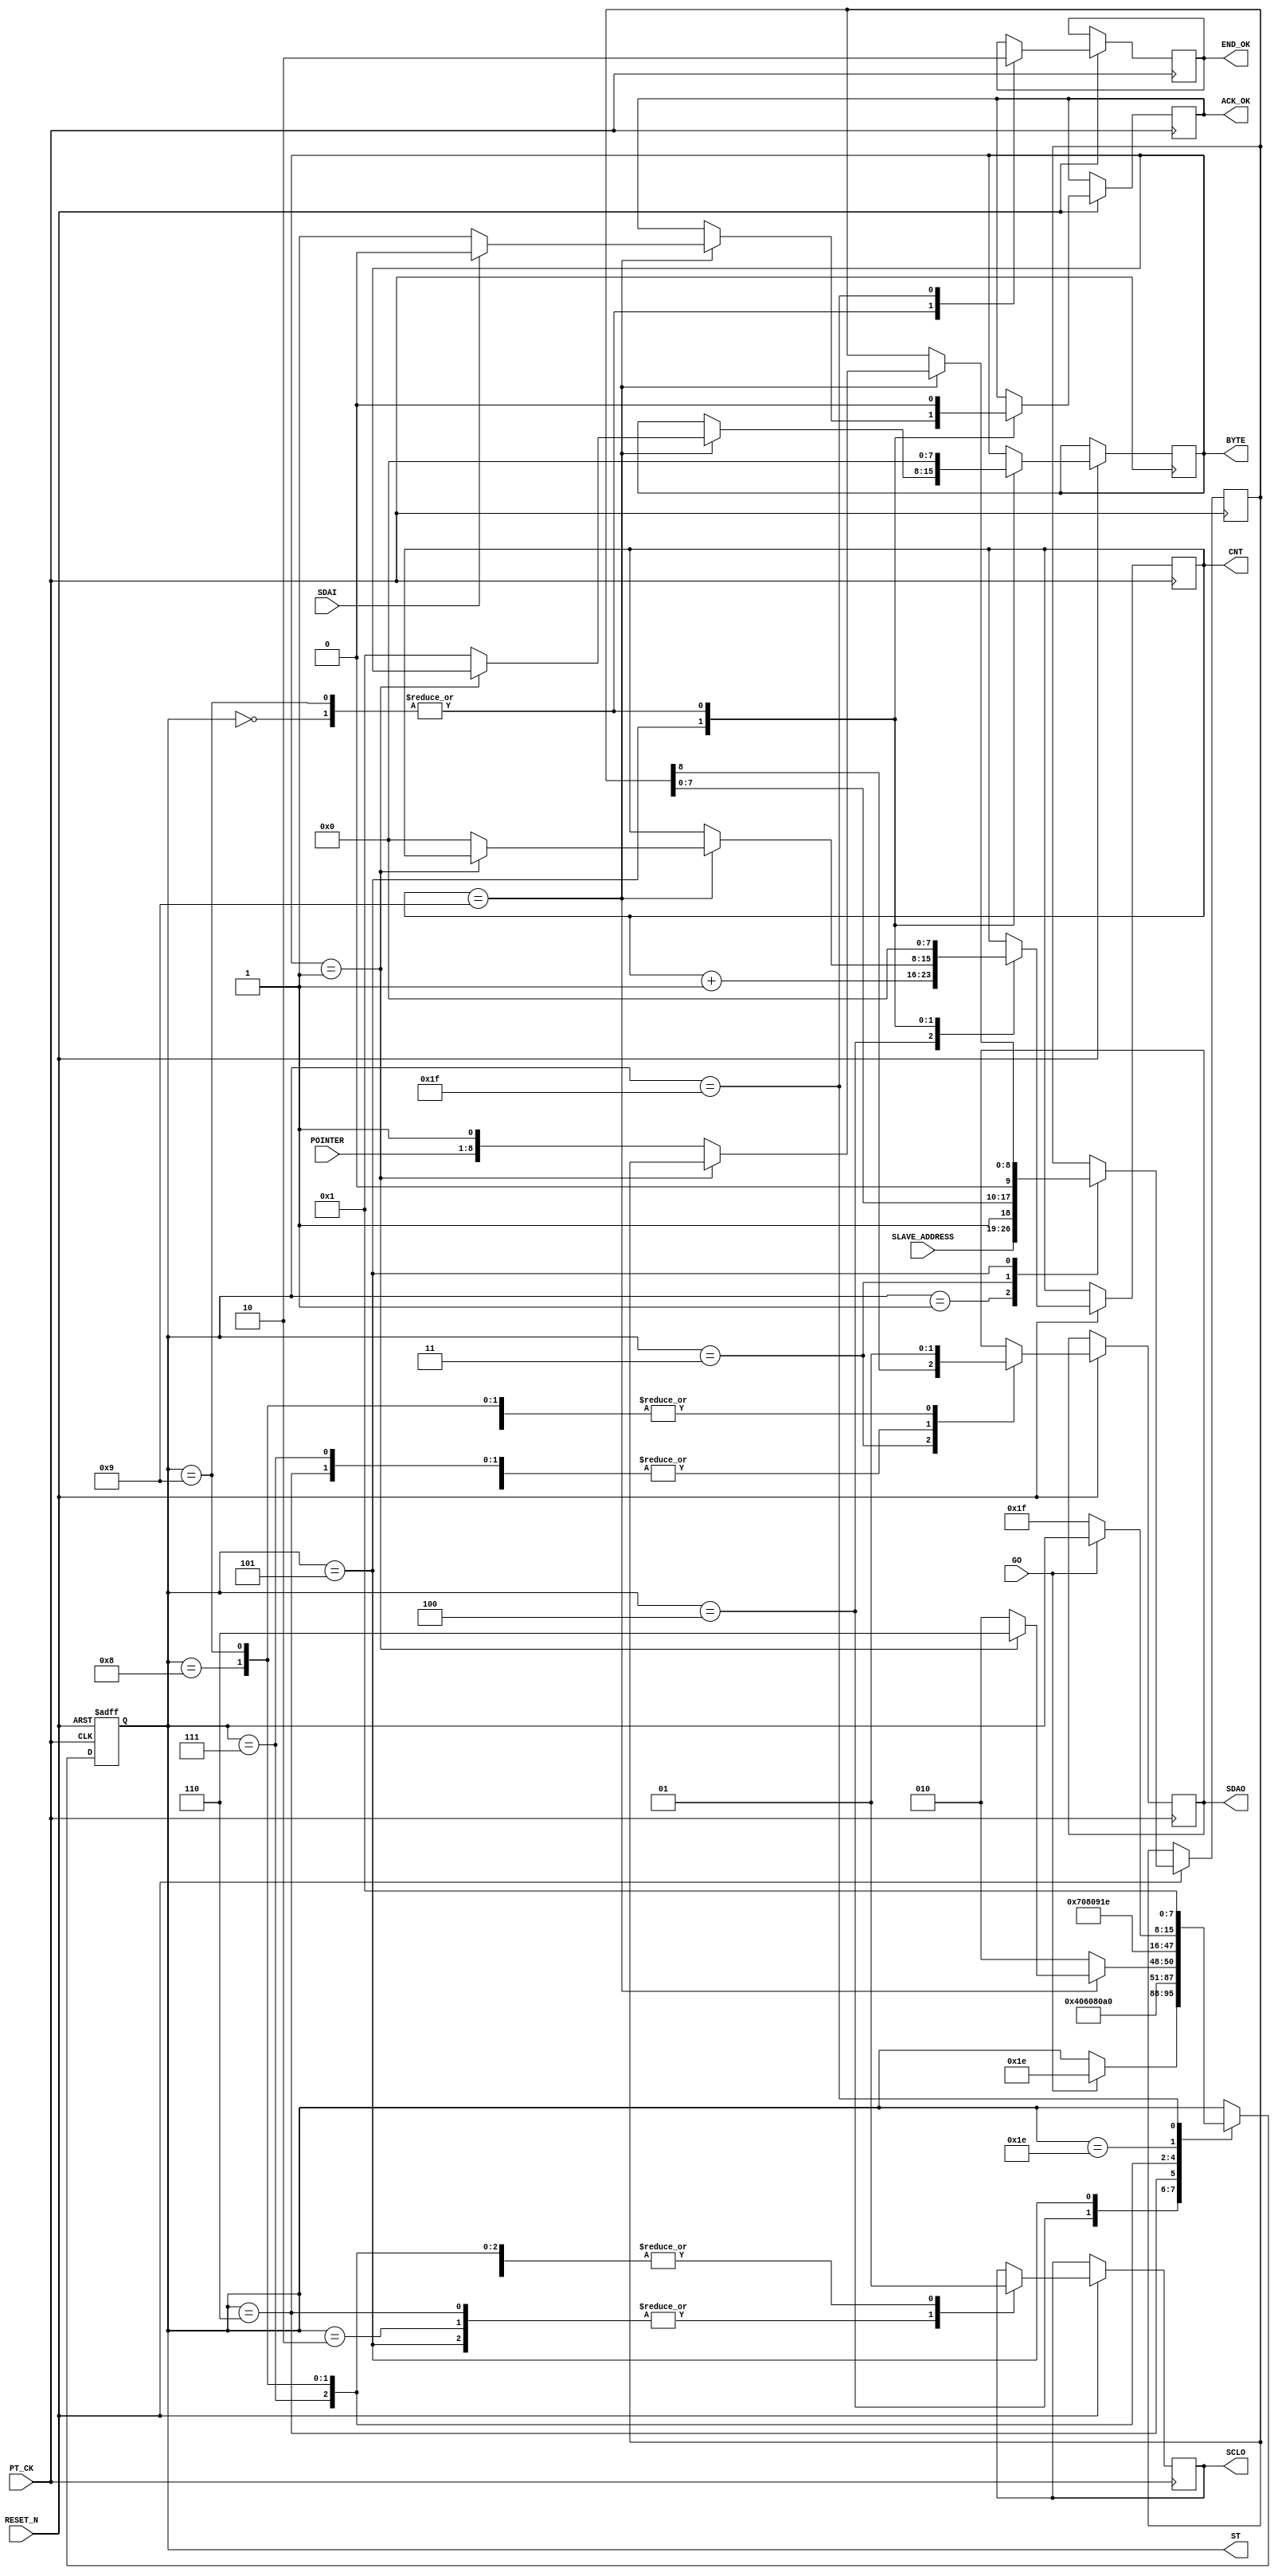
module I2C_WRITE_POINTER  (
   input      RESET_N ,
	input      PT_CK,
	input      GO,
	input      [7:0]POINTER,
	input      [7:0]SLAVE_ADDRESS,	
	input      SDAI,
	output reg SDAO,
	output reg SCLO,
	output reg END_OK,
	
	//--for test 
	output reg [7:0]ST ,
	output reg ACK_OK,
	output reg [7:0] CNT ,
	output reg [7:0] BYTE  
	
);

reg   [8:0]A ;
always @( negedge RESET_N or posedge  PT_CK )begin
if (!RESET_N  ) ST <=0;
else 
	  case (ST)
	    0: begin  //start 		      
		      SDAO   <=1; 
	         SCLO   <=1;
	         ACK_OK <=0;
	         CNT    <=0;
	         END_OK <=1;
	         BYTE   <=0;	
	         if (GO) ST  <=30 ; // inital 							
		    end	  
	    1: begin  //start 
		      ST <=2 ; 
			   { SDAO,  SCLO } <= 2'b01; 
				A <= {SLAVE_ADDRESS ,1'b1 };//write
		    end
	    2: begin  //start 
		      ST <=3 ; 
			   { SDAO,  SCLO } <= 2'b00; 
		    end
			 
	    3: begin  //start 
		      ST <=4 ; 
			   { SDAO, A } <= { A ,1'b0 }; 
		    end
	    4: begin  //start 
		      ST <=5 ; 
			   SCLO <= 1'b1 ; 
				CNT <= CNT +1 ;
		    end
			 
	    5: begin  //start 
			   SCLO <= 1'b0 ; 
			   if (CNT==9) 
				begin
				     if ( BYTE ==1)  ST <= 6 ; 
					   else  
					   begin 
					    CNT <=0 ; 
						 BYTE <=1  ; 
						 A <= {POINTER ,1'b1 };  
						 ST <= 2 ; 
					   end
				 if ( !SDAI ) ACK_OK <=1 ; 
				   else ACK_OK <=0 ; 
				 end
				 else ST <= 2;
		    end
	    6: begin          //stop
		      ST <=7 ; 
			   { SDAO,  SCLO } <= 2'b00; 
         end

	    7: begin          //stop
		      ST <=8 ; 
			   { SDAO,  SCLO } <= 2'b01; 
         end
	    8: begin          //stop
		      ST <=9 ; 
			   { SDAO,  SCLO } <= 2'b11; 
						
         end //stop
		9:	begin
		      ST     <= 30; 
		      SDAO   <=1; 
	         SCLO   <=1;
	         ACK_OK <=0;
	         CNT    <=0;
	         END_OK <=1;
	         BYTE   <=0;	
		     end
		//--- END ---
		30: begin
            if (!GO) ST  <=31;
          end
 		31: begin 
		    ST  <=1; END_OK<=0;
          end
		
	  endcase 
 end
endmodule